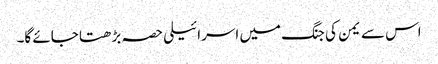
اس سے یمن کی جنگ میں اسرائیلی حصہ بڑھتا جائے گا۔